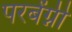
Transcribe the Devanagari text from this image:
परबेंग्नी